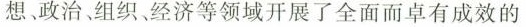
想政治，组织、经济等领域开展了全面而卓有成效的